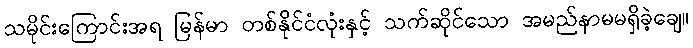
သမိုင်းကြောင်းအရ မြန်မာ တစ်နိုင်ငံလုံးနှင့် သက်ဆိုင်သော အမည်နာမမရှိခဲ့ချေ။